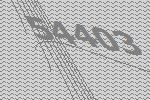
54403